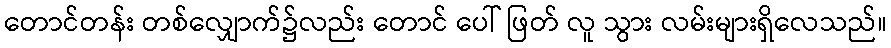
တောင်တန်း တစ်လျှောက်၌လည်း တောင် ပေါ် ဖြတ် လူ သွား လမ်းများရှိလေသည်။